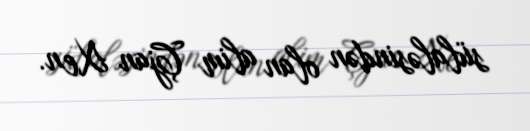
sülaləsindən olan alim Çjan Xen.